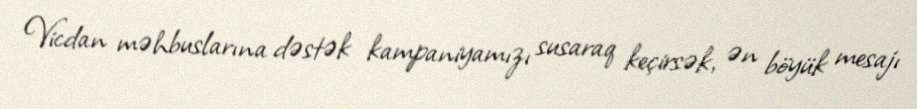
Vicdan məhbuslarına dəstək kampaniyamızı susaraq keçirsək, ən böyük mesajı